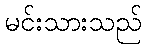
မင်းသားသည်